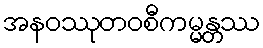
အနဝဿုတဝစီကမ္မန္တဿ